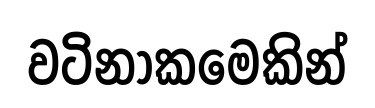
වටිනාකමෙකින්